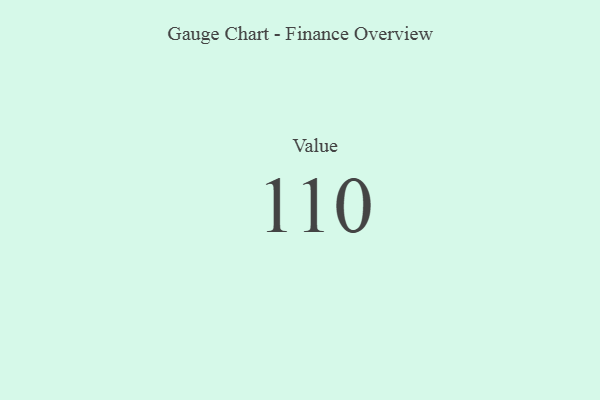
{"axis": {"x": "Metric", "y": "Value"}, "legend": [""], "data": [{"x": "Value", "y": 110, "type": ""}]}